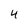
Character: 4